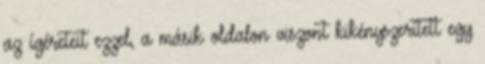
az ígéreteit ezzel, a másik oldalon viszont kikényszerített egy